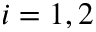
i = 1 , 2